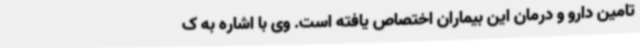
تامین دارو و درمان این بیماران اختصاص یافته است. وی با اشاره به ک